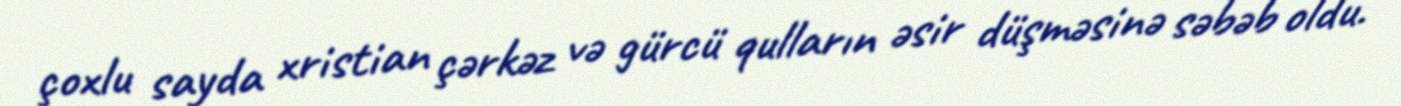
çoxlu sayda xristian çərkəz və gürcü qulların əsir düşməsinə səbəb oldu.